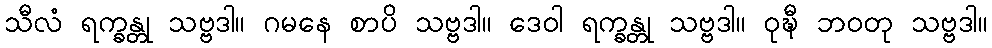
သီလံ ရက္ခန္တု သဗ္ဗဒါ။ ဂမနေ စာပိ သဗ္ဗဒါ။ ဒေဝါ ရက္ခန္တု သဗ္ဗဒါ။ ဝုဍ္ဎီ ဘဝတု သဗ္ဗဒါ။